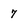
Character: 7